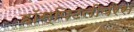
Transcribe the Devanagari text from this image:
हॉस्पिटलीयरेस